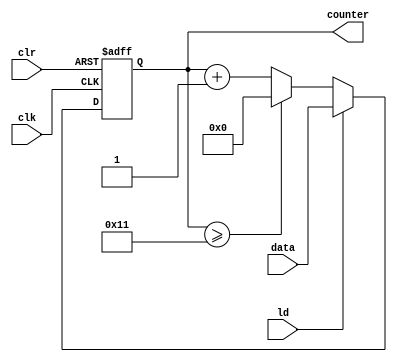
//18
// 518030910351
//017
//clk
//			 clr
//			 ld: counterdata
//			 data: 
//			 counter
module counter18(clk, 
					clr, 
					ld,  
					counter, 
					data); 
input clk, clr, ld;
input [4:0]data;
output [4:0]counter;
reg [4:0]counter;

always@(posedge clk or posedge clr)
	if (clr==1)
		counter<=0;
	else if(ld==1) 
		counter<=data;
	else if(counter>=17)
		counter<=0;
	else counter<=counter+1;

endmodule